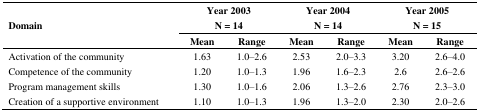
| <ROWSPAN=3> Domain | <COLSPAN=2> Year 2003N = 14 | <COLSPAN=2> Year 2004N = 14 | <COLSPAN=2> Year 2005N = 15 |
 | Mean | Range | Mean | Range | Mean | Range |
 | --- | --- | --- | --- | --- | --- | --- |
 | Activation of the community | 1.63 | 1.0–2.6 | 2.53 | 2.0–3.3 | 3.20 | 2.6–4.0 |
 | Competence of the community | 1.20 | 1.0–1.3 | 1.96 | 1.6–2.3 | 2.6 | 2.6–2.6 |
 | Program management skills | 1.30 | 1.0–1.6 | 2.06 | 1.3–2.6 | 2.76 | 2.3–3.0 |
 | Creation of a supportive environment | 1.10 | 1.0–1.3 | 1.96 | 1.3–2.0 | 2.30 | 2.0–2.6 |